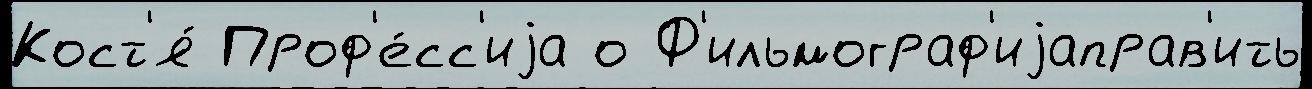
Кост'я́ Проф'е́сс'иjа о Ф'ильмограф'иjаправ'ить